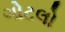
ગોટલો